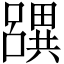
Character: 𤳧